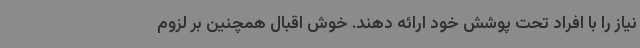
نیاز را با افراد تحت پوشش خود ارائه دهند. خوش اقبال همچنین بر لزوم